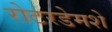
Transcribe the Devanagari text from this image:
रोटरडेमशे